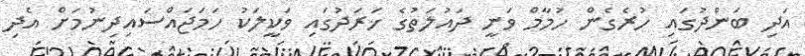
އަދި ބަންދުގައި ހުރެގެން ހުމާމް ވަނީ ދައުލަތުގެ ޚަރަދުގައި ވަކީލަކު ހަމަޖައްސައިދިނުމަށް އެދި